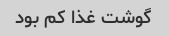
گوشت غذا کم بود